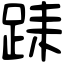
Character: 𨀤